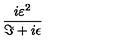
\frac { i \varepsilon ^ { 2 } } { \Im + i \epsilon }